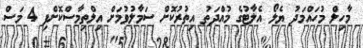
މާހިލް މުހައްމަދު ޔެލޯ އެލާޓުގެ މުއްދަތު އިތުރުކޮށް ސަމާލުވުމަށް އިލްތިމާސްކޮށްފި 4 މަސް